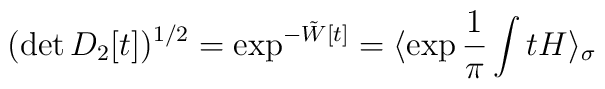
(\det D_2[t])^{1/2} = \exp^{-\tilde W[t]} =\langle \exp \frac{1}{\pi }\int t H \rangle_\sigma